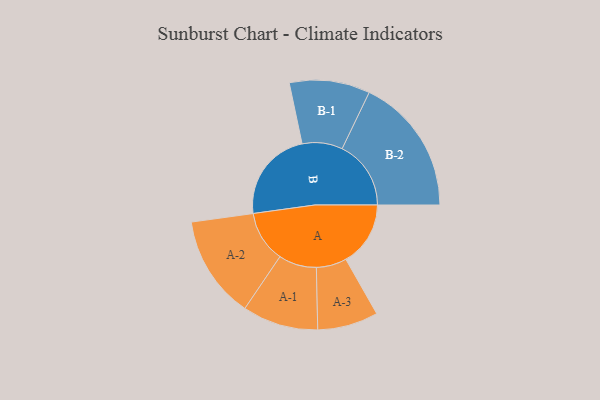
{"axis": {"x": "Segment", "y": "Value"}, "legend": ["", "A", "B"], "data": [{"x": "A", "y": 215, "type": ""}, {"x": "B", "y": 306, "type": ""}, {"x": "A-1", "y": 126, "type": "A"}, {"x": "A-2", "y": 171, "type": "A"}, {"x": "A-3", "y": 101, "type": "A"}, {"x": "B-1", "y": 134, "type": "B"}, {"x": "B-2", "y": 229, "type": "B"}]}